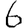
Digit: 6